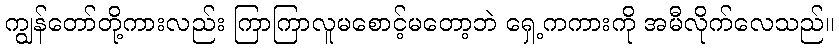
ကျွန်တော်တို့ကားလည်း ကြာကြာလူမစောင့်မတော့ဘဲ ရှေ့ကကားကို အမီလိုက်လေသည်။